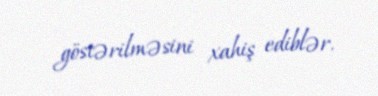
göstərilməsini xahiş ediblər.